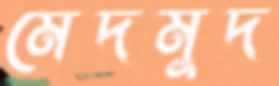
মেদমুদ